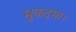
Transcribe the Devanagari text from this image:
मुकदमा।